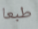
طبعا